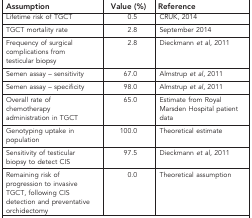
| Assumption | Value (%) | Reference |
 | --- | --- | --- |
 | Lifetime risk of TGCT | 0.5 | CRUK, 2014 |
 | TGCT mortality rate | 2.8 | September 2014 |
 | Frequency of surgical complications from testicular biopsy | 2.8 | Dieckmann et al, 2011 |
 | Semen assay – sensitivity | 67.0 | Almstrup et al, 2011 |
 | Semen assay – specificity | 98.0 | Almstrup et al, 2011 |
 | Overall rate of chemotherapy administration in TGCT | 65.0 | Estimate from Royal Marsden Hospital patient data |
 | Genotyping uptake in population | 100.0 | Theoretical estimate |
 | Sensitivity of testicular biopsy to detect CIS | 97.5 | Dieckmann et al, 2011 |
 | Remaining risk of progression to invasive TGCT, following CIS detection and preventative orchidectomy | 0.0 | Theoretical assumption |